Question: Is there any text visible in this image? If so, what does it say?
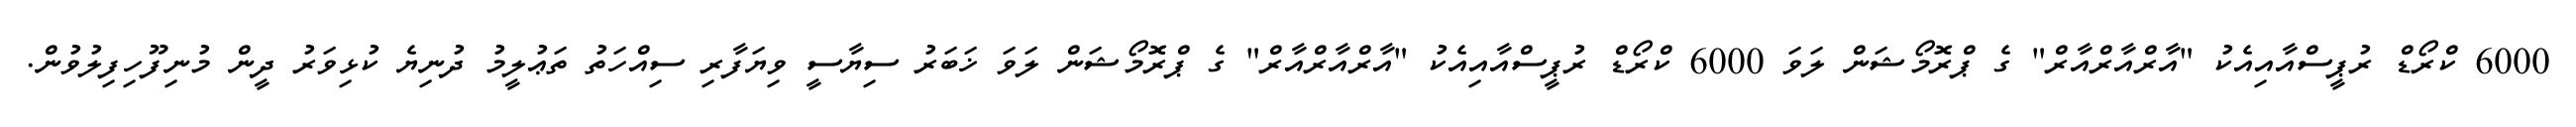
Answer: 6000 ކްރޯޑް ރުޕީސްއާއިއެކު "އާރްއާރްއާރް" ގެ ޕްރޮމޯޝަން ލަވަ 6000 ކްރޯޑް ރުޕީސްއާއިއެކު "އާރްއާރްއާރް" ގެ ޕްރޮމޯޝަން ލަވަ ޚަބަރު ސިޔާސީ ވިޔަފާރި ސިއްހަތު ތަޢުލީމު ދުނިޔެ ކުޅިވަރު ދީން މުނިފޫހިފިލުވުން.